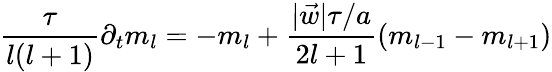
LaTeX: \frac{\tau}{l(l+1)}\partial_{t}m_{l}=-m_{l}+\frac{|\vec{w}|\tau/a}{2l+1}\left(m_{l-1}-m_{l+1}\right)